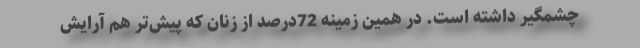
چشمگیر داشته است. در همین زمینه 72درصد از زنان که پیش‌تر هم آرایش